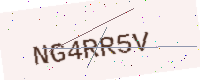
Text: NG4RR5V